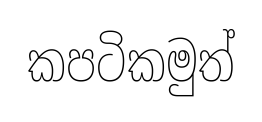
කපටිකමුත්